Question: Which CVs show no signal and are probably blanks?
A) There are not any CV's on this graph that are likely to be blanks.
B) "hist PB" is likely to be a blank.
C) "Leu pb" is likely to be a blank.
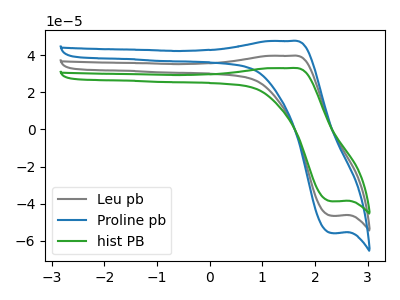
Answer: <think>The gray curve "Leu pb" has an anodic peak at (1.55V, 39.60uA) and a cathodic peak at (2.35V, -46.45uA). The blue curve "Proline pb" has an anodic peak at (1.55V, 79.25uA) and a cathodic peak at (2.35V, -92.90uA). The green curve "hist PB" has an anodic peak at (1.55V, 33.00uA) and a cathodic peak at (2.35V, -38.70uA).</think>
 <answer>A) There are not any CV's on this graph that are likely to be blanks.</answer>
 <eval>A</eval>